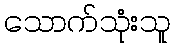
သောက်သုံးသူ